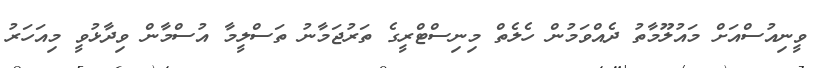
ވީނިއުސްއަށް މައުލޫމާތު ދެއްވަމުން ހެލެތް މިނިސްޓްރީގެ ތަރުޖަމާނު ތަސްލީމާ އުސްމާން ވިދާޅުވީ މިއަހަރު